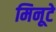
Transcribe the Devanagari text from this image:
मिनूटे